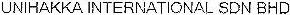
UNIHAKKA INTERNATIONAL SDN BHD